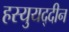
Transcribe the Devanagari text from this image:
हस्युयद्दीन